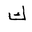
Letter: _kaf